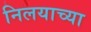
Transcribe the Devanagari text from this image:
निलयाच्या